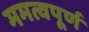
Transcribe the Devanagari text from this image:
ममत्वपूर्ण